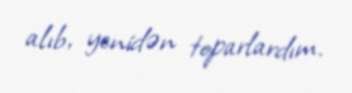
alıb, yenidən toparlardım.